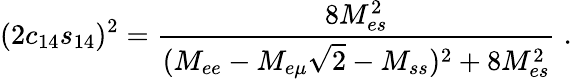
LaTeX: (2c_{14}s_{14})^{2}=\frac{8M_{es}^{2}}{(M_{ee}-M_{e\mu}\sqrt{2}-M_{ss})^{2}+8M_{es}^{2}}\; .